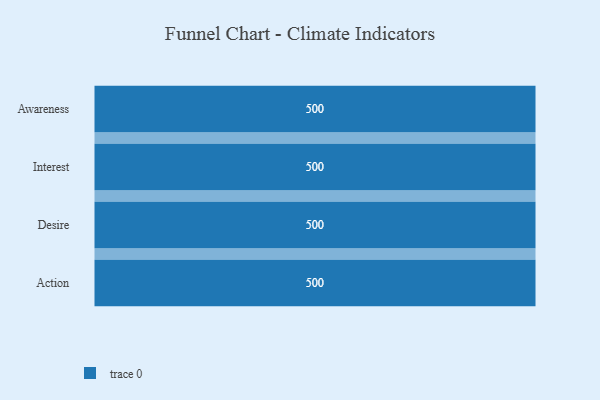
{"axis": {"x": "Stage", "y": "Value"}, "legend": [""], "data": [{"x": "Awareness", "y": 500, "type": ""}, {"x": "Interest", "y": 500, "type": ""}, {"x": "Desire", "y": 500, "type": ""}, {"x": "Action", "y": 500, "type": ""}]}